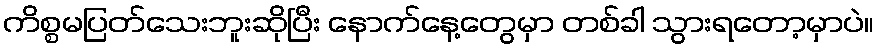
ကိစ္စမပြတ်သေးဘူးဆိုပြီး နောက်နေ့တွေမှာ တစ်ခါ သွားရတော့မှာပဲ။